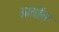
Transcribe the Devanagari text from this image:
ओर्योल